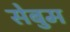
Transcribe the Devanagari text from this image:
सेबुम